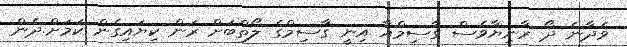
ވެދާނެ ދޯ ރާނިޔާވެސް ގާސިމްއާ އިނީ ގާސިމްގެ ލޯތްބަށް ރަން ކިޔައިގެން ކަމަށް.ދެން